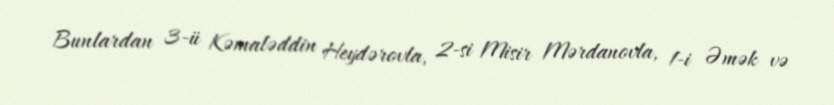
Bunlardan 3-ü Kəmaləddin Heydərovla, 2-si Misir Mərdanovla, 1-i Əmək və